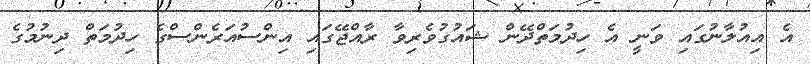
އެ އިއުލާނުގައި ވަނީ އެ ހިދުމަތްދޭން ޝައުގުވެރިވާ ރާއްޖޭގައި އިންސުއަރެންސްގެ ހިދުމަތް ދިނުމުގެ